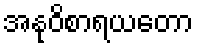
အနုဝိစာရယတော